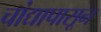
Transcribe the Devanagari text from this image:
चांद्यापासून